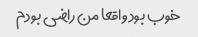
خوب بود واقعا من راضی بودم